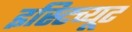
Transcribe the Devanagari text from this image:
इस्‍टिच्‍यूट